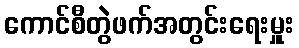
ကောင်စီတွဲဖက်အတွင်းရေးမှူး